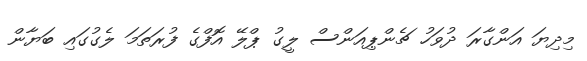
މިދިޔަ އަންގާރަ ދުވަހު ޗެންޕިއަންސް ލީގު ޕްލޭ އޮފްގެ ފުރަތަމަ ލެގުގައި ބަޔާން